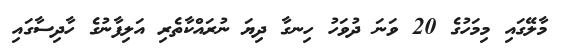
މާލޭގައި މިމަހުގެ 20 ވަނަ ދުވަހު ހިނގާ ދިޔަ ނުރައްކާތެރި އަލިފާނުގެ ހާދިސާގައި